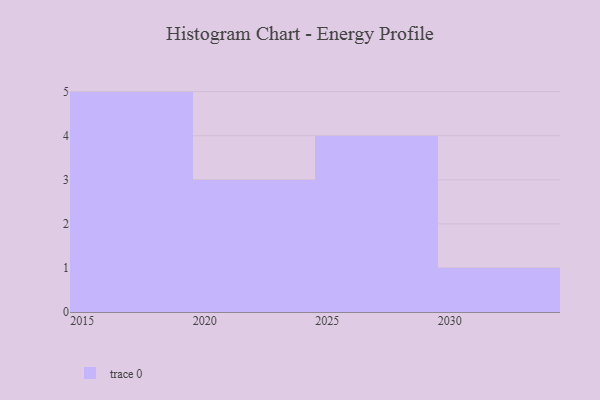
{"axis": {"x": "Year", "y": "Gross Profit (USD K)"}, "legend": [""], "data": [{"x": "2017", "y": 64, "type": ""}, {"x": "2030", "y": 75, "type": ""}, {"x": "2022", "y": 91, "type": ""}, {"x": "2016", "y": 59, "type": ""}, {"x": "2028", "y": 76, "type": ""}, {"x": "2019", "y": 52, "type": ""}, {"x": "2025", "y": 26, "type": ""}, {"x": "2018", "y": 92, "type": ""}, {"x": "2027", "y": 66, "type": ""}, {"x": "2024", "y": 25, "type": ""}, {"x": "2020", "y": 94, "type": ""}, {"x": "2015", "y": 7, "type": ""}, {"x": "2029", "y": 8, "type": ""}]}